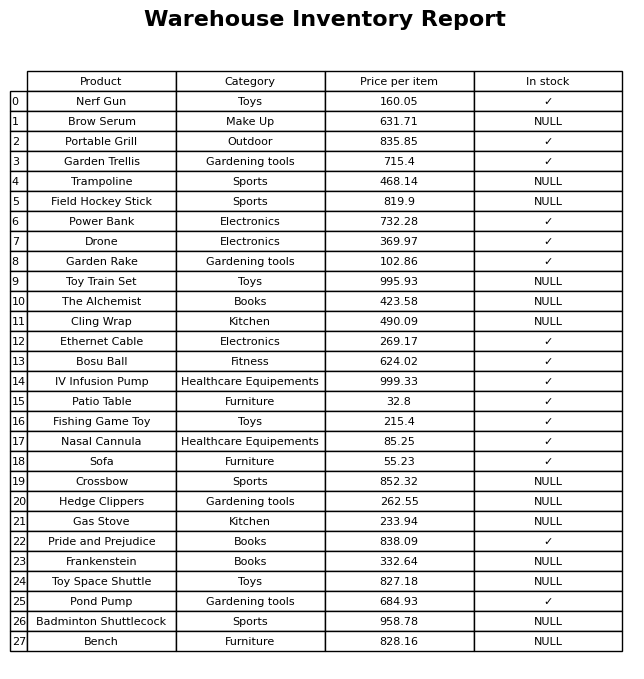
question: What is the price of the Power Bank?
answer: The price of Power Bank is 732.28.